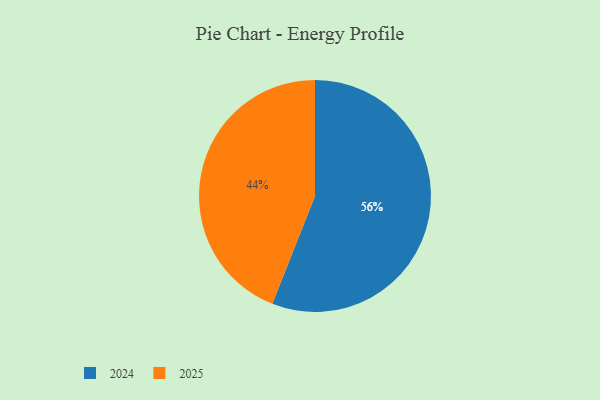
{"axis": {"x": "Category", "y": "Percentage"}, "legend": ["2024", "2025"], "data": [{"x": "2025", "y": 44, "type": "2025"}, {"x": "2024", "y": 56, "type": "2024"}]}